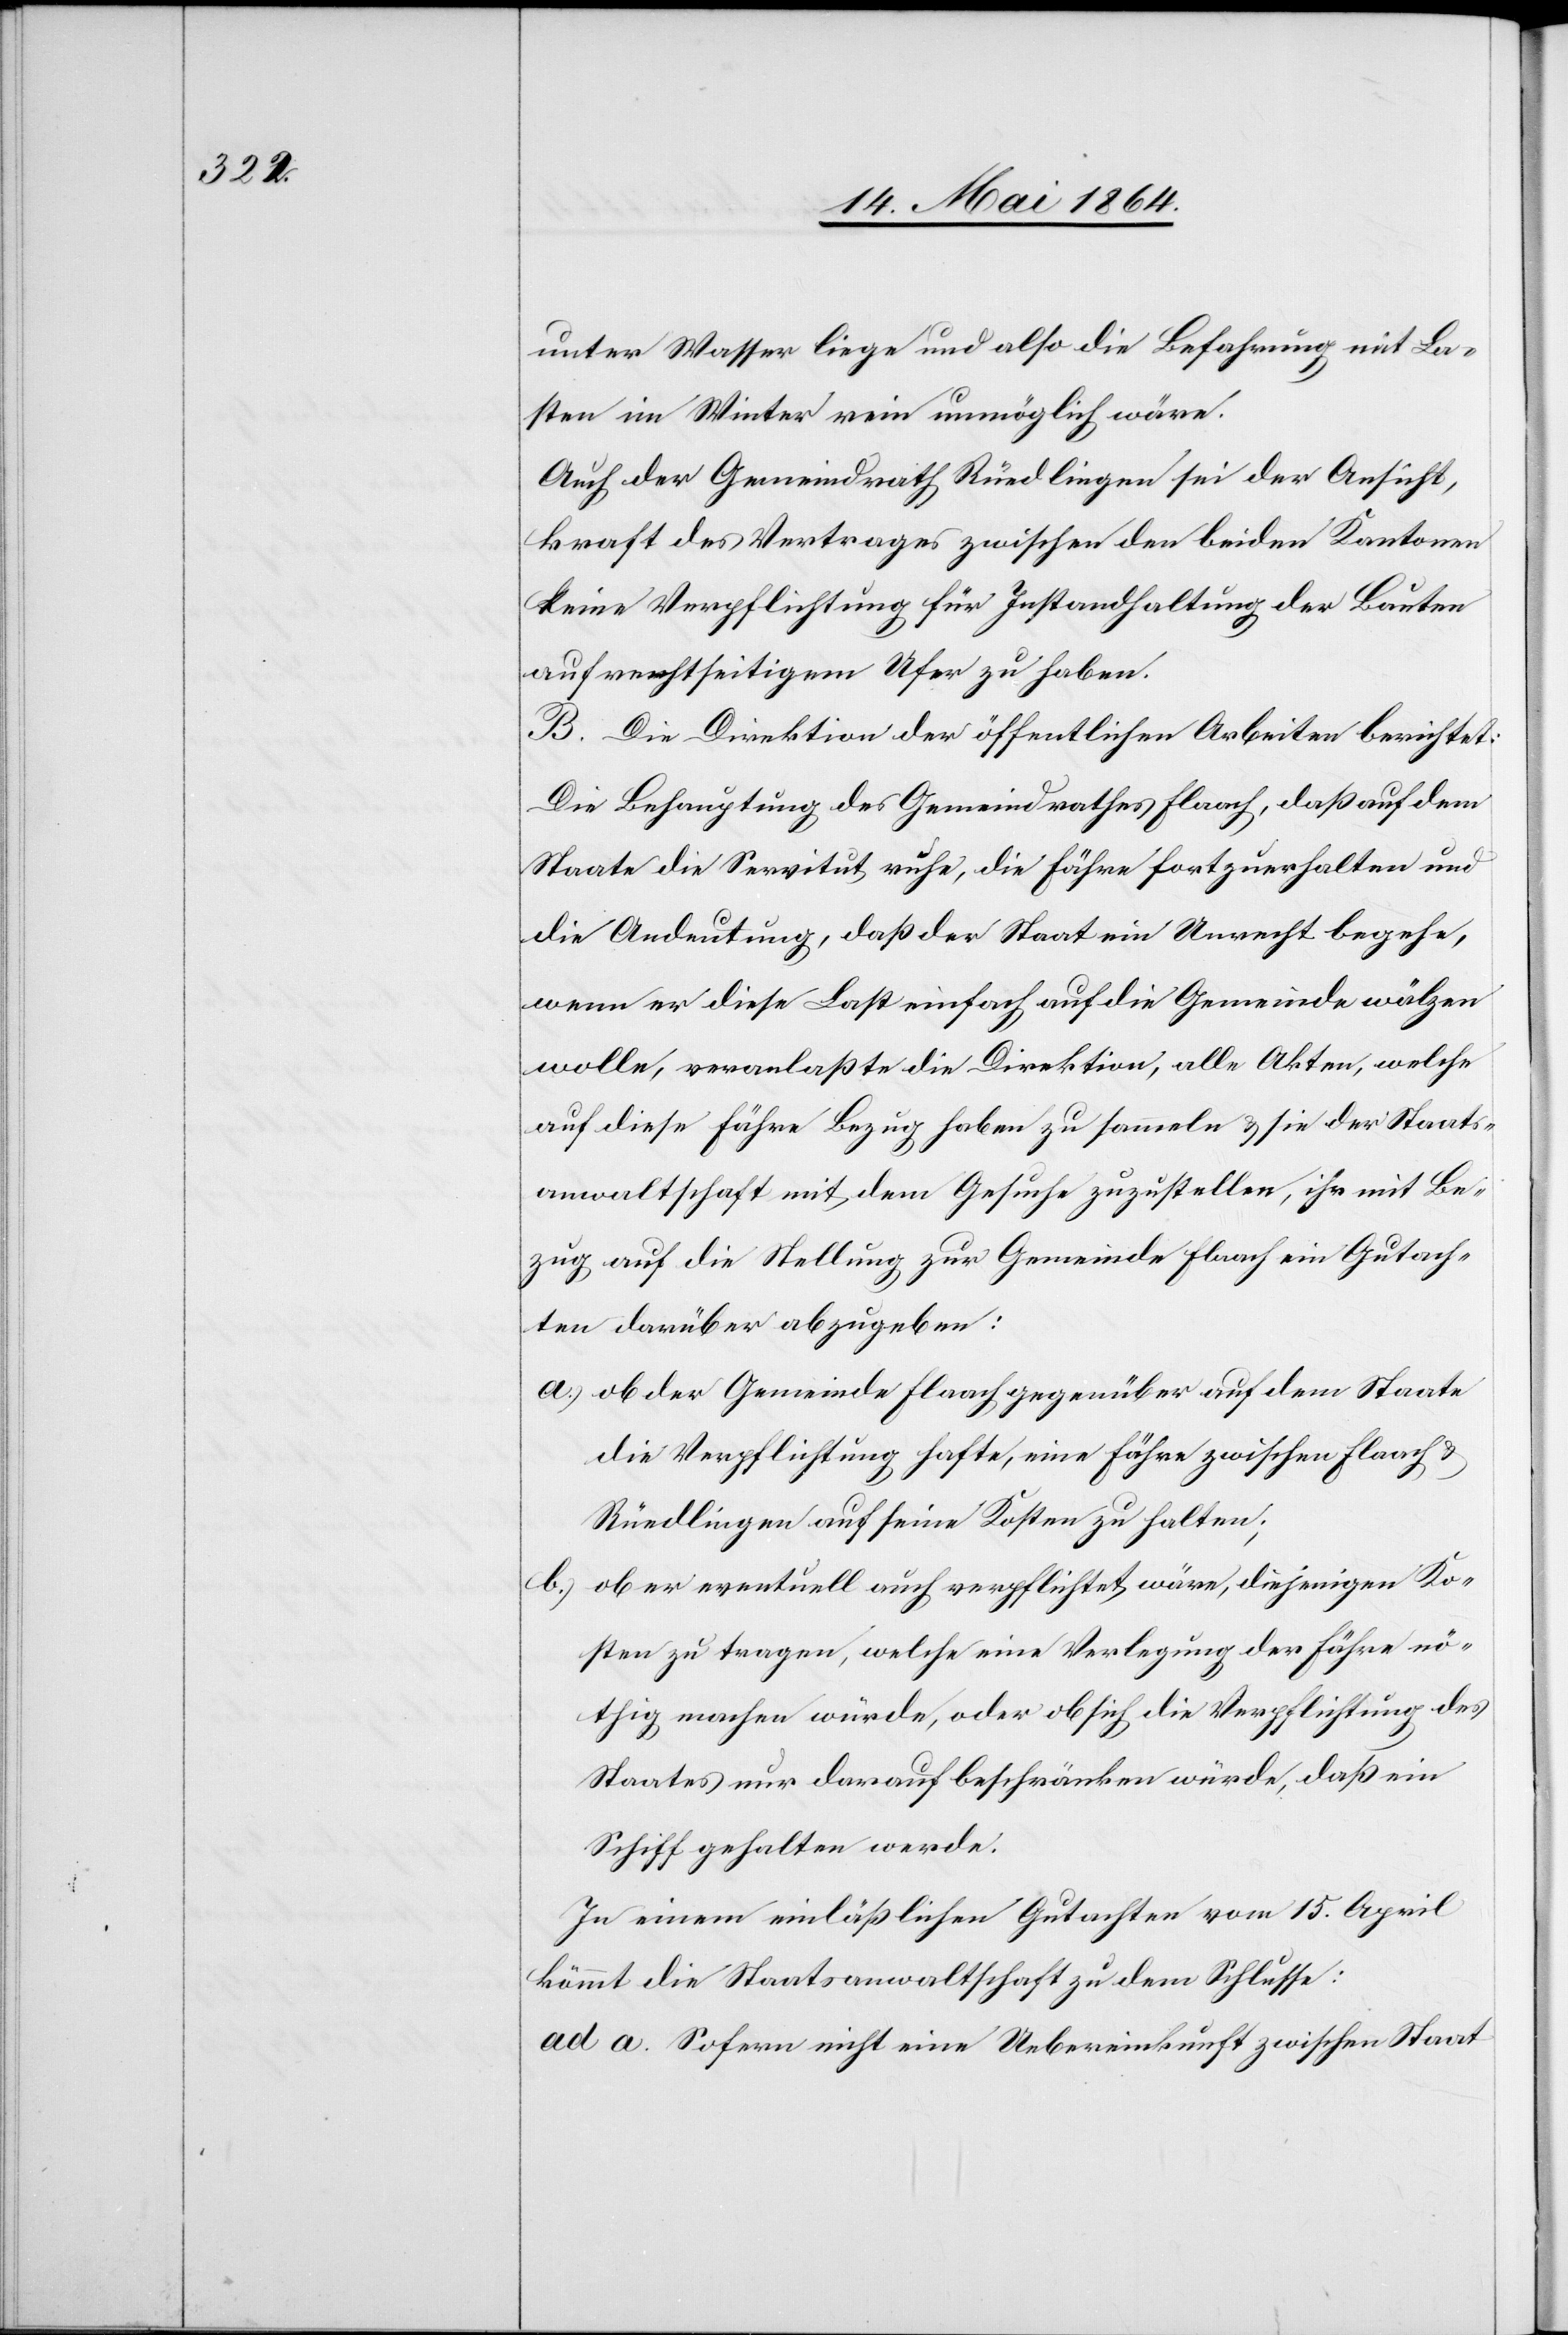
unter Wasser liege und also die Befahrung mit La¬
sten im Winter rein unmöglich wäre.
Auch der Gemeindrath Rüedlingen sei der Ansicht,
kraft des Vertrages zwischen den beiden Kantonen
keine Verpflichtung für Instandhaltung der Bauten
auf rechtseitigem Ufer zu haben.
Die Direktion der öffentlichen Arbeiten berichtet:
Die Behauptung des Gemeindrathes Flaach, daß auf dem
Staate die Servitut ruhe, die Fähre fortzuerhalten und
die Andeutung, daß der Staat ein Unrecht begehe,
wenn er diese Last einfach auf die Gemeinde wälzen
wolle, veranlaßte die Direktion, alle Akten, welche
auf diese Fähre Bezug haben zu sammeln u. sie der Staats¬
anwaltschaft mit dem Gesuche zuzustellen, ihr mit Be¬
zug auf die Stellung zur Gemeinde Flaach ein Gutach¬
ten darüber abzugeben:
a.) ob der Gemeinde Flaach gegenüber auf dem Staate
die Verpflichtung hafte, eine Fähre zwischen Flaach u.
Rüedlingen auf seine Kosten zu halten;
b.) ob er eventuell auch verpflichtet wäre, diejenigen Ko¬
sten zu tragen, welche eine Verlegung der Fähre nö¬
thig machen würde, oder ob sich die Verpflichtung des
Staates nur darauf beschränken würde, daß ein
Schiff gehalten werde.
In einem einläßlichen Gutachten vom 15. April
kömmt die Staatsanwaltschaft zu dem Schlusse:
ad a. Sofern nicht eine Uebereinkunft zwischen Staat